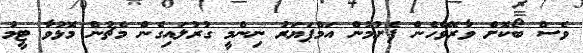
ވެސް ބޯކޮށް ވާރޭވެހެން ފެށުމުން އަމްޕަޔަރު ނިންމީ ގުރުލައިގެން މެޗުން މޮޅުވާ ޓީމު